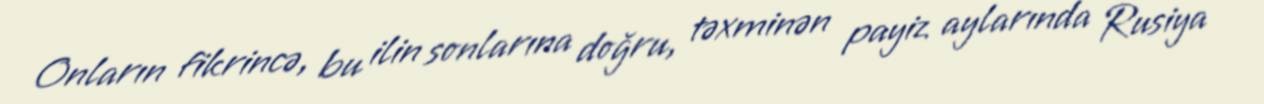
Onların fikrincə, bu ilin sonlarına doğru, təxminən payiz aylarında Rusiya